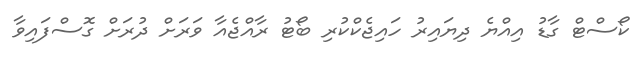
ކޯސްޓް ގާޑު އިއްޔެ ދިޔައިރު ހައިޖެކްކުރި ބޯޓު ރާއްޖެއާ ވަރަށް ދުރަށް ގޮސްފައިވާ